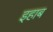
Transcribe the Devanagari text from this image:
इहाब